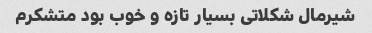
شیرمال شکلاتی بسیار تازه و خوب بود متشکرم